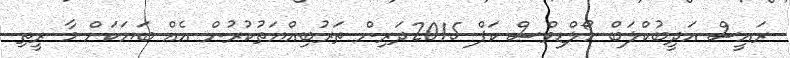
ރައީސް އަދީބުކްލަބް މޯލްޑިވްސް ކަޕް 2015ދަރިން ތަރުބިއްޔަތުކުރުން އެއް ބަޔަކަށް މާ ރީތި